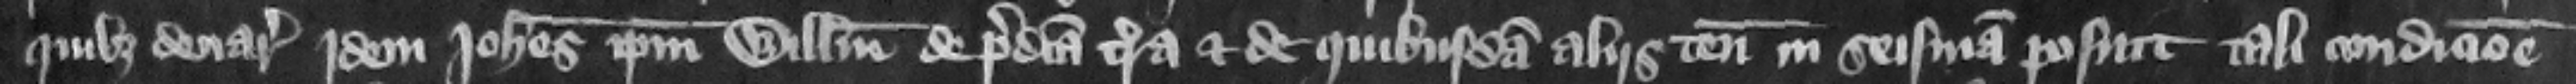
quibus denaris jdem Iohannes ipsum Willelmum de predicta terra et de quibusdam alis tenementis in seisinam posuit tali condicione